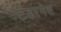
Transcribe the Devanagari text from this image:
टेंडरनेस